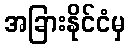
အခြားနိုင်ငံမှ